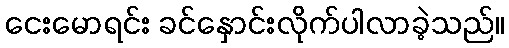
ငေးမောရင်း ခင်နှောင်းလိုက်ပါလာခဲ့သည်။